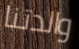
والدتنا